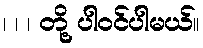
၊ ၊ ၊ တို့ ပါဝင်ပါမယ်။